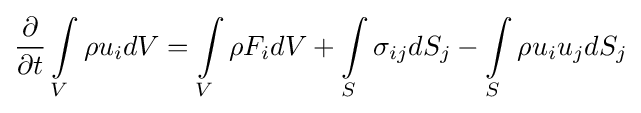
{\frac {\partial }{\partial t}}\int \limits _{V}\rho u_{i}dV=\int \limits _{V}\rho F_{i}dV+\int \limits _{S}\sigma _{ij}dS_{j}-\int \limits _{S}\rho u_{i}u_{j}dS_{j}